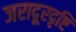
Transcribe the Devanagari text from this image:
जरादूरदृष्टि